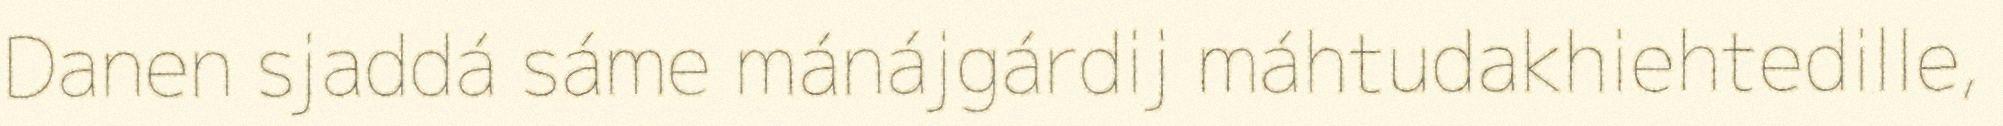
Danen sjaddá sáme mánájgárdij máhtudakhiehtedille,